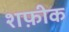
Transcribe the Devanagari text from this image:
शफ़ीक